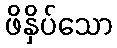
ဖိနှိပ်သော